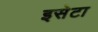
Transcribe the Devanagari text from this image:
इसेटा